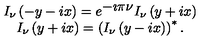
\begin{array} { c } { I _ { \nu } \left( - y - i x \right) = e ^ { \displaystyle { - \imath \pi \nu } } I _ { \nu } \left( y + i x \right) } \\ { I _ { \nu } \left( y + i x \right) = \left( I _ { \nu } \left( y - i x \right) \right) ^ { * } . } \\ \end{array}